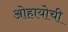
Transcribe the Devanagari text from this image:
ओहायोची